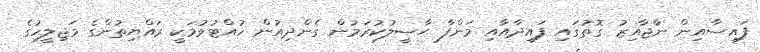
ފައިސާއިން ނާޖާއިޒު ގޮތުގައި ފައިދާއާއި މަންފާ ޙާޞީލުކުރަމުން ގެންދިއުން ހުއްޓުވުމަކީ ރައްޔިތުންގެ މަޖިލީހުގެ